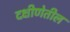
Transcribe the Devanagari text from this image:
दक्षीणेतील